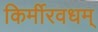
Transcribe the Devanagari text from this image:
किर्मीरवधम्